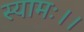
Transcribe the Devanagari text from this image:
स्यामः।।